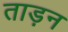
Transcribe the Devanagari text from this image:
ताड़न